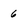
Character: 6